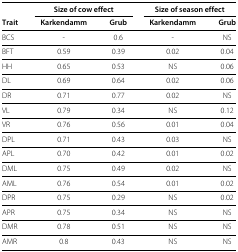
|  | <COLSPAN=2> Size of cow effect | <COLSPAN=2> Size of season effect |
 | Trait | Karkendamm | Grub | Karkendamm | Grub |
 | --- | --- | --- | --- | --- |
 | BCS | - | 0.6 | - | NS |
 | BFT | 0.59 | 0.39 | 0.02 | 0.04 |
 | HH | 0.65 | 0.53 | NS | 0.06 |
 | DL | 0.69 | 0.64 | 0.02 | 0.06 |
 | DR | 0.71 | 0.77 | 0.02 | NS |
 | VL | 0.79 | 0.34 | NS | 0.12 |
 | VR | 0.76 | 0.56 | 0.01 | 0.04 |
 | DPL | 0.71 | 0.43 | 0.03 | NS |
 | APL | 0.70 | 0.42 | 0.01 | 0.02 |
 | DML | 0.75 | 0.49 | 0.02 | NS |
 | AML | 0.76 | 0.54 | 0.01 | 0.02 |
 | DPR | 0.75 | 0.29 | NS | 0.02 |
 | APR | 0.75 | 0.34 | NS | NS |
 | DMR | 0.78 | 0.51 | NS | NS |
 | AMR | 0.8 | 0.43 | NS | NS |